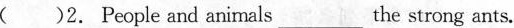
( )2. People and animals___the strong ants.